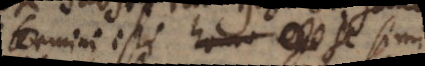
termini isti homo – se simil